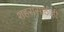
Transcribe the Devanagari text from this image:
शहरांसाठीही